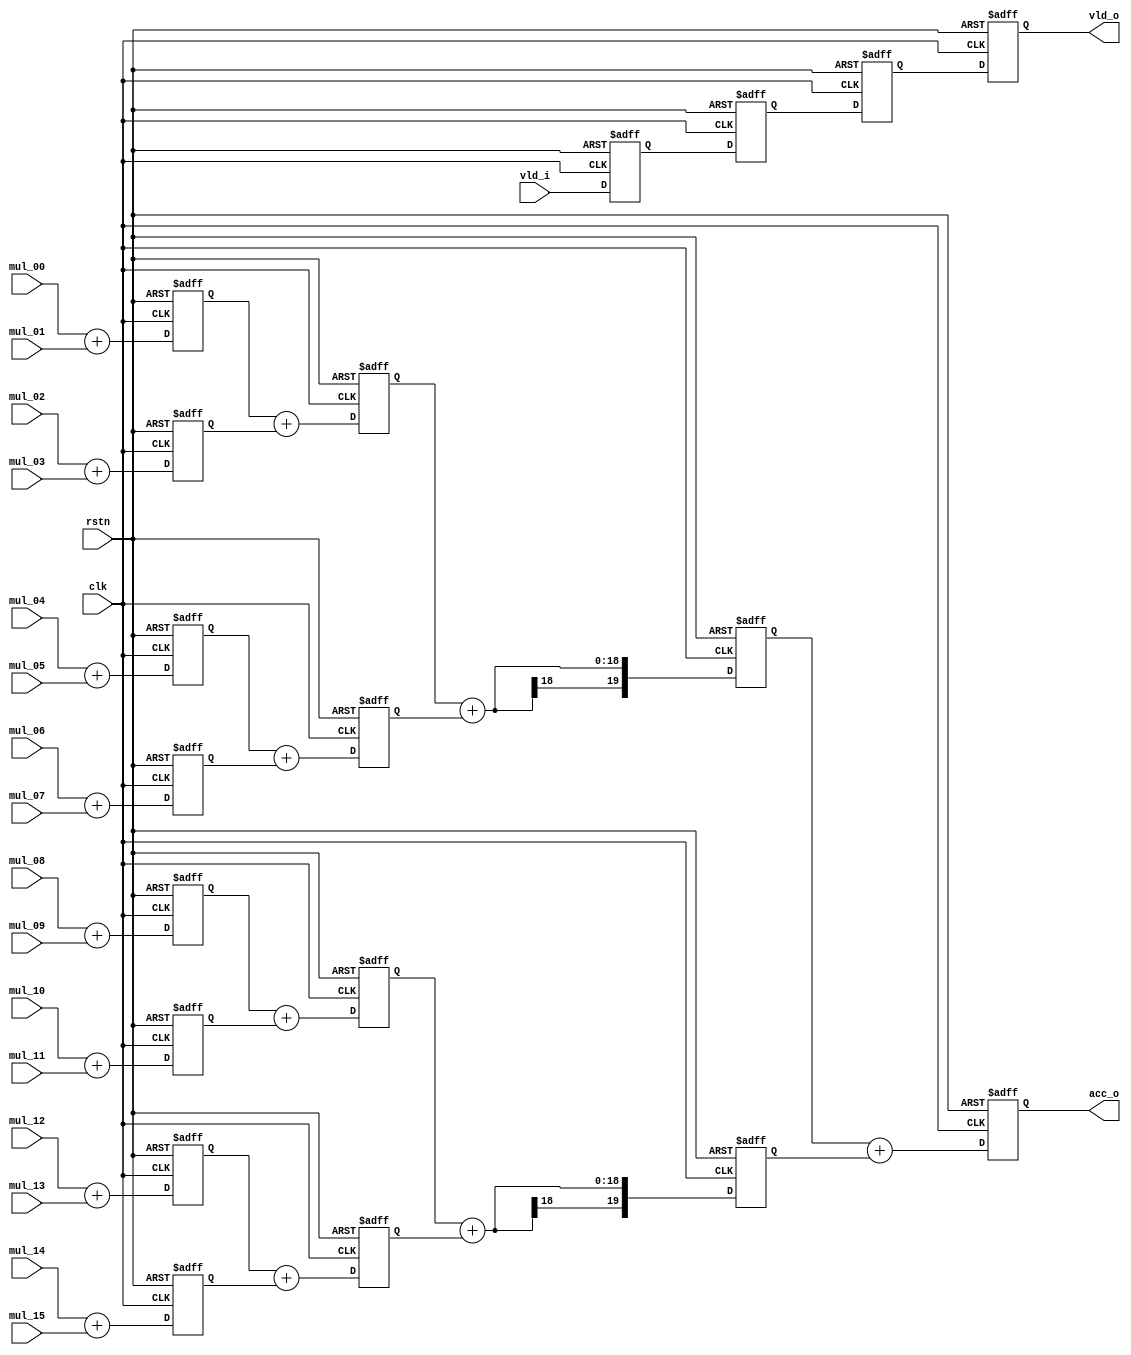
`timescale 1ns / 1ps

module adder_tree(
input clk, 
input rstn,
input vld_i,
input [15:0] mul_00, 
input [15:0] mul_01, 
input [15:0] mul_02, 
input [15:0] mul_03, 
input [15:0] mul_04, 
input [15:0] mul_05, 
input [15:0] mul_06, 
input [15:0] mul_07,
input [15:0] mul_08, 
input [15:0] mul_09, 
input [15:0] mul_10, 
input [15:0] mul_11,
input [15:0] mul_12, 
input [15:0] mul_13, 
input [15:0] mul_14, 
input [15:0] mul_15,
output[19:0] acc_o,
output       vld_o 
);

//----------------------------------------------------------------------
// Signals
//----------------------------------------------------------------------
// Level 1
reg [16:0] y1_0;
reg [16:0] y1_1;
reg [16:0] y1_2;
reg [16:0] y1_3;
reg [16:0] y1_4;
reg [16:0] y1_5;
reg [16:0] y1_6;
reg [16:0] y1_7;
// Level 2
reg [17:0] y2_0;
reg [17:0] y2_1;
reg [17:0] y2_2;
reg [17:0] y2_3;
// Level 3
reg [20:0] y3_0;
reg [20:0] y3_1;
// Level 4
reg [19:0] y4;
// Delays
reg vld_i_d1, vld_i_d2, vld_i_d3, vld_i_d4;
//-------------------------------------------------
// Reduction tree
//-------------------------------------------------
// Level 1
always@(posedge clk, negedge rstn) begin
	if(!rstn) begin
		y1_0 <= 17'd0;
		y1_1 <= 17'd0;
		y1_2 <= 17'd0;
		y1_3 <= 17'd0;
		y1_4 <= 17'd0;
		y1_5 <= 17'd0;
		y1_6 <= 17'd0;
		y1_7 <= 17'd0;	
	end
	else begin 
		y1_0 <= $signed(mul_00) + $signed(mul_01);
		y1_1 <= $signed(mul_02) + $signed(mul_03);
		y1_2 <= $signed(mul_04) + $signed(mul_05);
		y1_3 <= $signed(mul_06) + $signed(mul_07);
		y1_4 <= $signed(mul_08) + $signed(mul_09);
		y1_5 <= $signed(mul_10) + $signed(mul_11);
		y1_6 <= $signed(mul_12) + $signed(mul_13);
		y1_7 <= $signed(mul_14) + $signed(mul_15);		
	end
end

// Level 2
always@(posedge clk, negedge rstn) begin
	if(!rstn) begin
		y2_0 <= 18'd0;
		y2_1 <= 18'd0;
		y2_2 <= 18'd0;
		y2_3 <= 18'd0;	
	end
	else begin 
		y2_0 <= $signed(y1_0) + $signed(y1_1);
		y2_1 <= $signed(y1_2) + $signed(y1_3);
		y2_2 <= $signed(y1_4) + $signed(y1_5);
		y2_3 <= $signed(y1_6) + $signed(y1_7);	
	end
end

// Level 3
always@(posedge clk, negedge rstn) begin
	if(!rstn) begin
		y3_0 <= 19'd0;
		y3_1 <= 19'd0;
	end
	else begin 
		y3_0 <= $signed(y2_0) + $signed(y2_1);
		y3_1 <= $signed(y2_2) + $signed(y2_3);
	end
end
// Level 4
always@(posedge clk, negedge rstn) begin
	if(!rstn)
		y4 <= 20'd0;
	else
		y4 <= $signed(y3_0) + $signed(y3_1);
end

//-------------------------------------------------
// Valid signal
//-------------------------------------------------
always@(posedge clk, negedge rstn) begin
	if(!rstn) begin
		vld_i_d1 <= 0;
		vld_i_d2 <= 0;
		vld_i_d3 <= 0;
		vld_i_d4 <= 0;
	end
	else begin 
		vld_i_d1 <= vld_i   ;
		vld_i_d2 <= vld_i_d1;
		vld_i_d3 <= vld_i_d2;
		vld_i_d4 <= vld_i_d3;	
	end
end
//Output
assign vld_o = vld_i_d4;
assign acc_o = $signed(y4);
endmodule